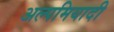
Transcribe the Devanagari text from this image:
अल्पमियादी